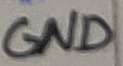
Text: GND